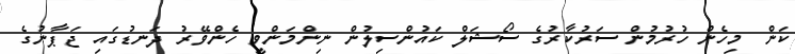
ކަން މިހެން ހުރުމުން ސަރުކާރުގެ ސޯޝަލް ކައުންސިލުން ނިންމަންވީ ހެންވޭރު ދަނޑުގައި ޖަޕާނުގެ